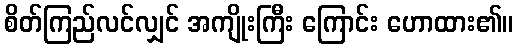
စိတ်ကြည်လင်လျှင် အကျိုးကြီး ကြောင်း ဟောထား၏။